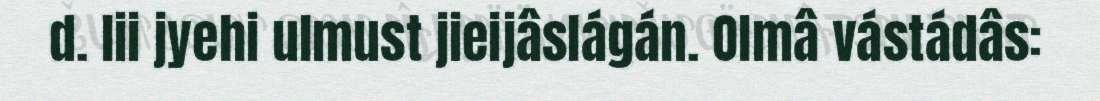
d. lii jyehi ulmust jieijâslágán. Olmâ vástádâs: